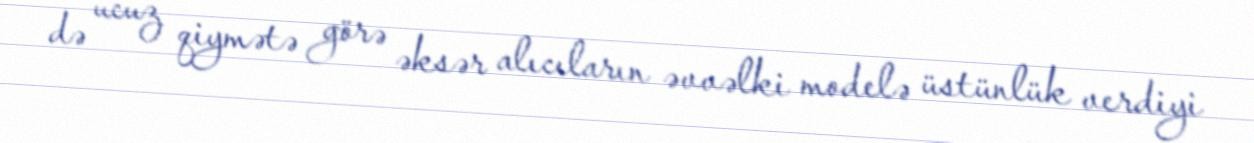
də ucuz qiymətə görə əksər alıcıların əvvəlki modelə üstünlük verdiyi